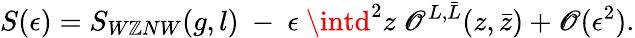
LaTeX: S(\epsilon)=S_{W\mathbb{Z}NW}(g,l)~-~\epsilon~\intd^{2}z~\mathscr{O}^{L,\bar{{L}}}(z,\bar{{z}})+{\cal\mathscr{O}}(\epsilon^{2}).